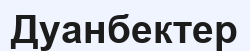
Дуанбектер